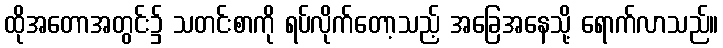
ထိုအတောအတွင်း၌ သတင်းစာကို ရပ်လိုက်တော့သည့် အခြေအနေသို့ ရောက်လာသည်။